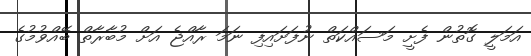
އަމަލީ ގޮތުން ފެށީ މަސައްކަތް ނުފަށައިފި ނަމަ ރާއްޖެ އަށް މުބާރާތް ބޭއްވުމުގެ